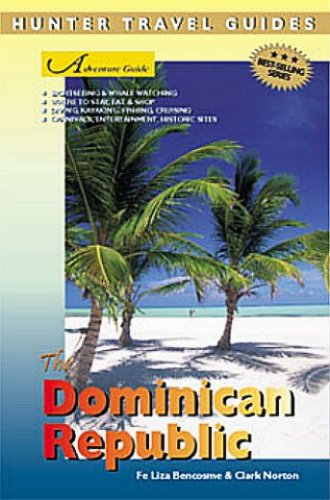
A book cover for Adventure Guide's Dominican Republic (Explore the Dominican Republic) (Adventure Guide to the Dominican Republic); Clark Norton; Travel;